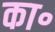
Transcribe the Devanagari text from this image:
का॰